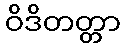
ဝိဒိတတ္တာ